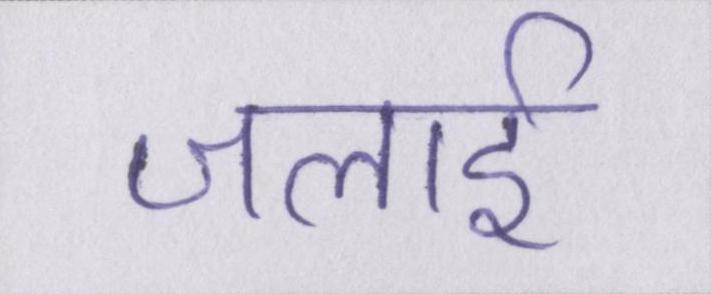
जलाई